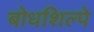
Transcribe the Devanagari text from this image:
बोधशिल्पे